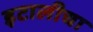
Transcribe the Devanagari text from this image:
इटालीचा